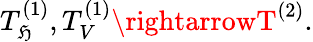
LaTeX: T_{\mathfrak{H}}^{(1)},T_{V}^{(1)}\rightarrowT^{(2)}.